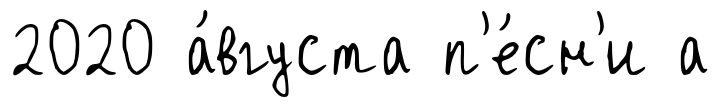
2020 а́вгуста п'е́сн'и а